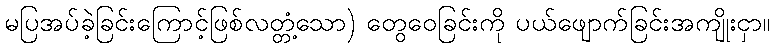
မပြအပ်ခဲ့ခြင်းကြောင့်ဖြစ်လတ္တံ့သော) တွေဝေခြင်းကို ပယ်ဖျောက်ခြင်းအကျိုးငှာ။